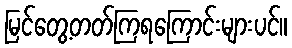
မြင်တွေ့တတ်ကြရကြောင်းများပင်။